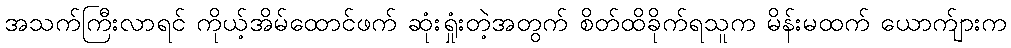
အသက်ကြီးလာရင် ကိုယ့်အိမ်ထောင်ဖက် ဆုံးရှုံးတဲ့အတွက် စိတ်ထိခိုက်ရသူက မိန်းမထက် ယောက်ျားက